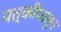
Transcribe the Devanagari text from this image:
पत्कींपासून